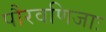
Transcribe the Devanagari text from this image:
पौरवणिजाः